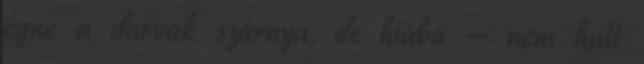
égne a darvak szárnya, de hiába — nem hull